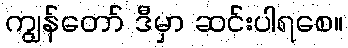
ကျွန်တော် ဒီမှာ ဆင်းပါရစေ။